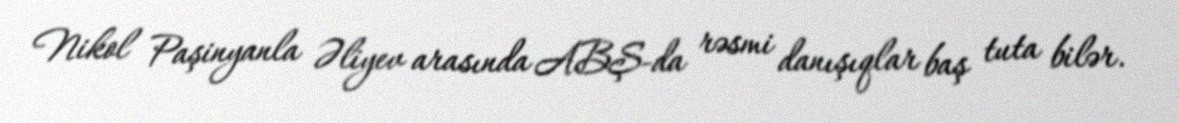
Nikol Paşinyanla Əliyev arasında ABŞ-da rəsmi danışıqlar baş tuta bilər.